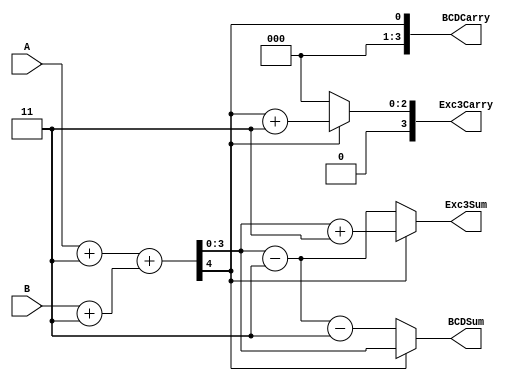
module Excess3Addition(A,B,Exc3Sum,Exc3Carry,BCDSum,BCDCarry);
input [3:0]A,B;
output reg [3:0] Exc3Sum,Exc3Carry,BCDSum,BCDCarry;
reg [3:0]AExc3,BExc3;
reg [7:0]Sum;
always@*
begin 
AExc3= A+ 4'b0011;
BExc3= B+ 4'b0011;
Sum = AExc3 + BExc3;
if(Sum[4])
    begin
    Exc3Sum = Sum[3:0] + 4'b0011;
    Exc3Carry = Sum[7:4] + 4'b0011;
    BCDSum = Sum[3:0] ;
    BCDCarry = Sum[7:4];
    end
    else
    begin
    Exc3Sum = Sum[3:0] - 4'b0011;
    Exc3Carry = Sum[7:4];
    BCDSum = Exc3Sum - 4'b0011;
    BCDCarry = Sum[7:4];
    end
end
endmodule